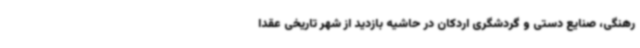
رهنگی، صنایع دستی و گردشگری اردکان در حاشیه بازدید از شهر تاریخی عقدا